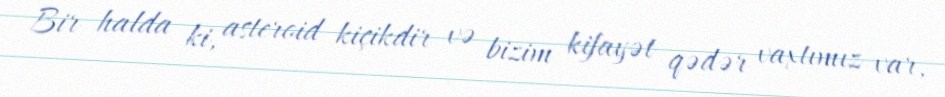
Bir halda ki, asteroid kiçikdir və bizim kifayət qədər vaxtımız var,